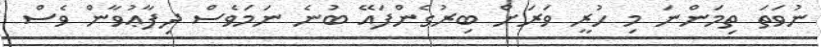
ނުވަތަ ތިމަންނަ މި ހުރީ ވަރަށް ބިރުގެންފައޭ ބުނެ ނަމަވެސް ދިފާޢުވާން ވެސް